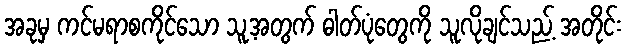
အခုမှ ကင်မရာစကိုင်သော သူ့အတွက် ဓါတ်ပုံတွေကို သူလိုချင်သည့် အတိုင်း